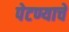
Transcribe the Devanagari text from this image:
पेटण्याचे